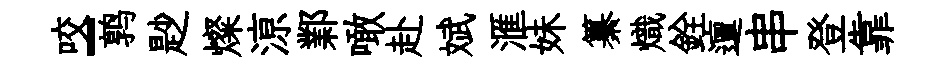
咬-鹑尟燦鿌鄴噉赴斌滙妹纂熾銓邅串登靠